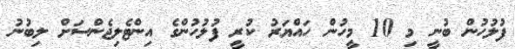
ފުލުހުން ބުނީ މި 10 މީހުން ހައްޔަރު ކުރީ ފުލުހުންގެ އިންޓެލިޖެންސަށް ލިބުނު